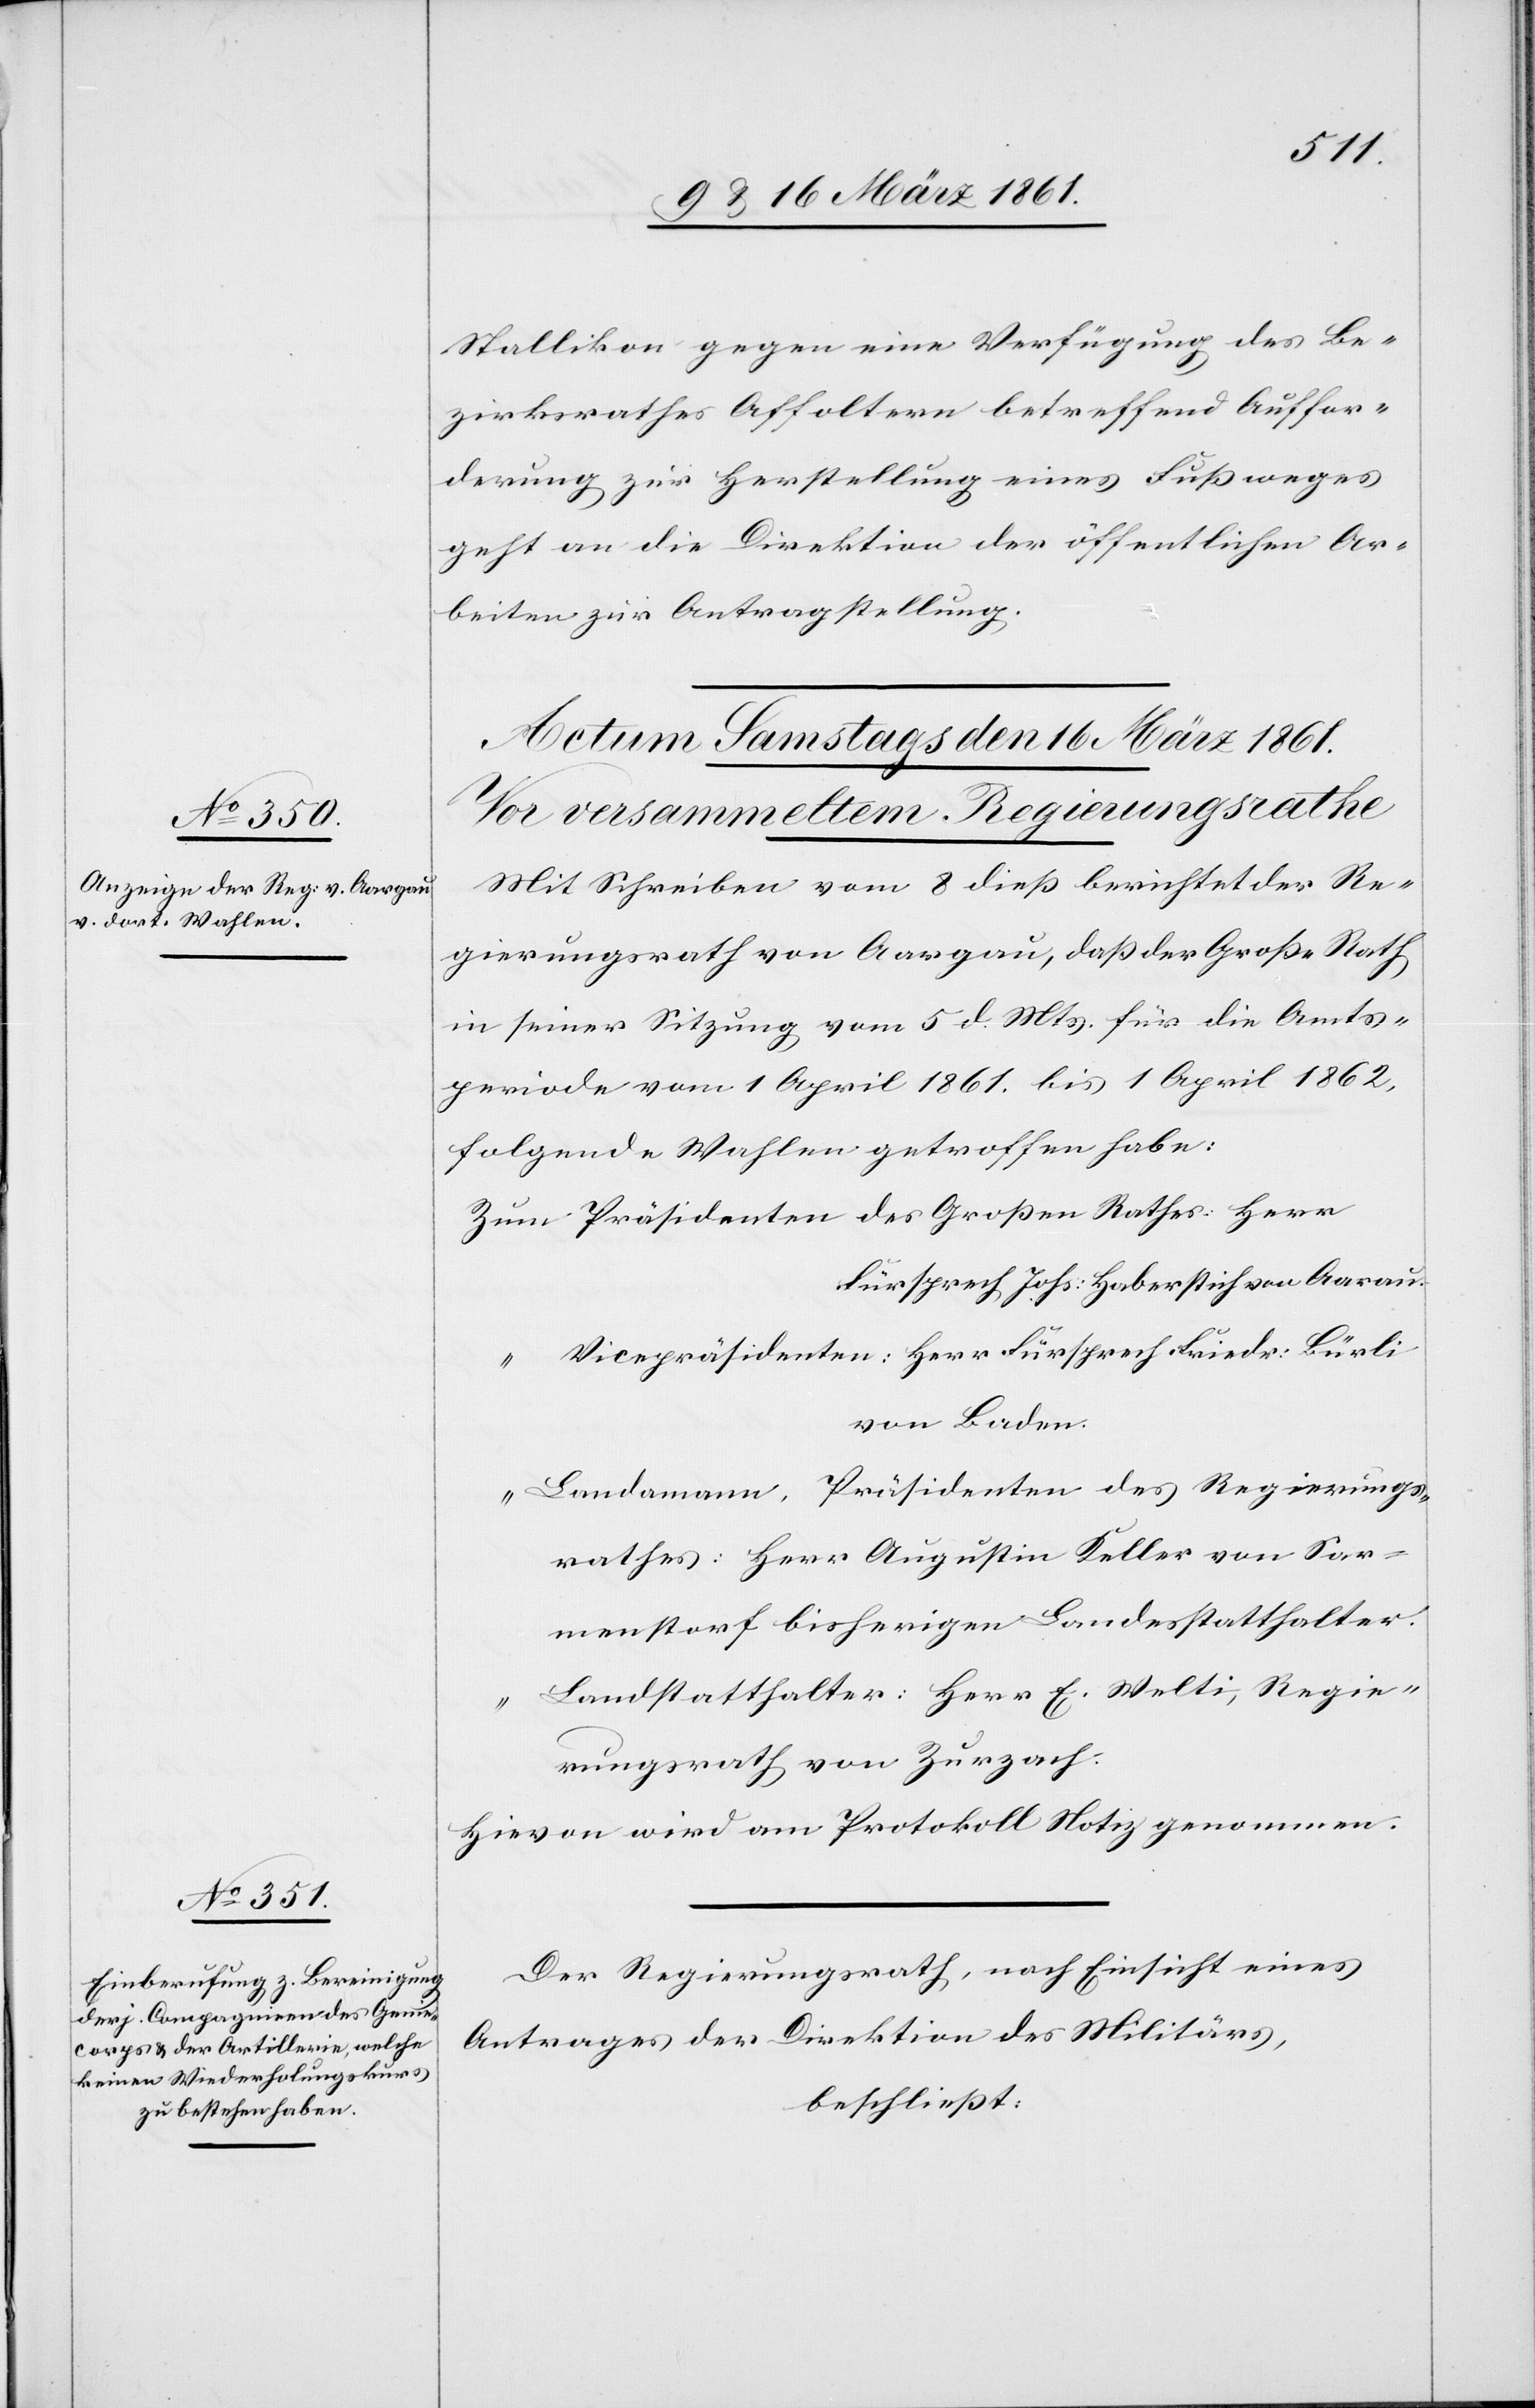
Stallikon gegen eine Verfügung des Be¬
zirksrathes Affoltern betreffend Auffor¬
derung zur Herstellung eines Fußweges
geht an die Direktion der öffentlichen Ar¬
beiten zur Antragstellung.
Mit Schreiben vom 8. dieß berichtet der Re¬
gierungsrath von Aargau, daß der Große Rath
in seiner Sitzung vom 5. d. Mts. für die Amts¬
periode vom 1. April 1861 bis 1. April 1862,
folgende Wahlen getroffen habe:
Präsidenten des Grossen Rathes: Herr
Fürsprech Johs. Haberstrich von Aarau.
Vicepräsidenten: Herr Fürsprech Friedr. Bürli
von Baden.
Landammann, Präsidenten des Regierungs¬
rathes: Herr Augustin Keller von Sar¬
nenstorf bisherigen Landesstatthalter.
Landstatthalter: Herr E. Welti, Regie¬
rungsrath von Zurzach.
Hievon wird am Protokoll Notiz genommen.
Der Regierungsrath, nach Einsicht eines
Antrages der Direktion des Militärs,
beschließt: